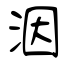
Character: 洇